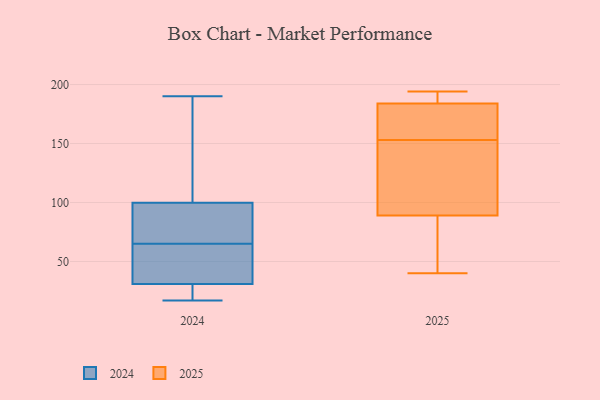
{"axis": {"x": "Revenue (USD Million)", "y": "Value"}, "legend": ["2024", "2025"], "data": [{"x": "", "y": 123, "type": "2025"}, {"x": "", "y": 189, "type": "2025"}, {"x": "", "y": 68, "type": "2025"}, {"x": "", "y": 175, "type": "2025"}, {"x": "", "y": 184, "type": "2025"}, {"x": "", "y": 194, "type": "2025"}, {"x": "", "y": 148, "type": "2025"}, {"x": "", "y": 40, "type": "2025"}, {"x": "", "y": 89, "type": "2025"}, {"x": "", "y": 158, "type": "2025"}, {"x": "", "y": 174, "type": "2024"}, {"x": "", "y": 190, "type": "2024"}, {"x": "", "y": 73, "type": "2024"}, {"x": "", "y": 17, "type": "2024"}, {"x": "", "y": 65, "type": "2024"}, {"x": "", "y": 63, "type": "2024"}, {"x": "", "y": 96, "type": "2024"}, {"x": "", "y": 101, "type": "2024"}, {"x": "", "y": 49, "type": "2024"}, {"x": "", "y": 25, "type": "2024"}, {"x": "", "y": 22, "type": "2024"}]}